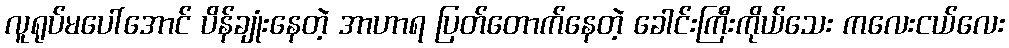
လူရုပ်မပေါ်အောင် ပိန်ချုံးနေတဲ့ အာဟာရ ပြတ်တောက်နေတဲ့ ခေါင်းကြီးကိုယ်သေး ကလေးငယ်လေး